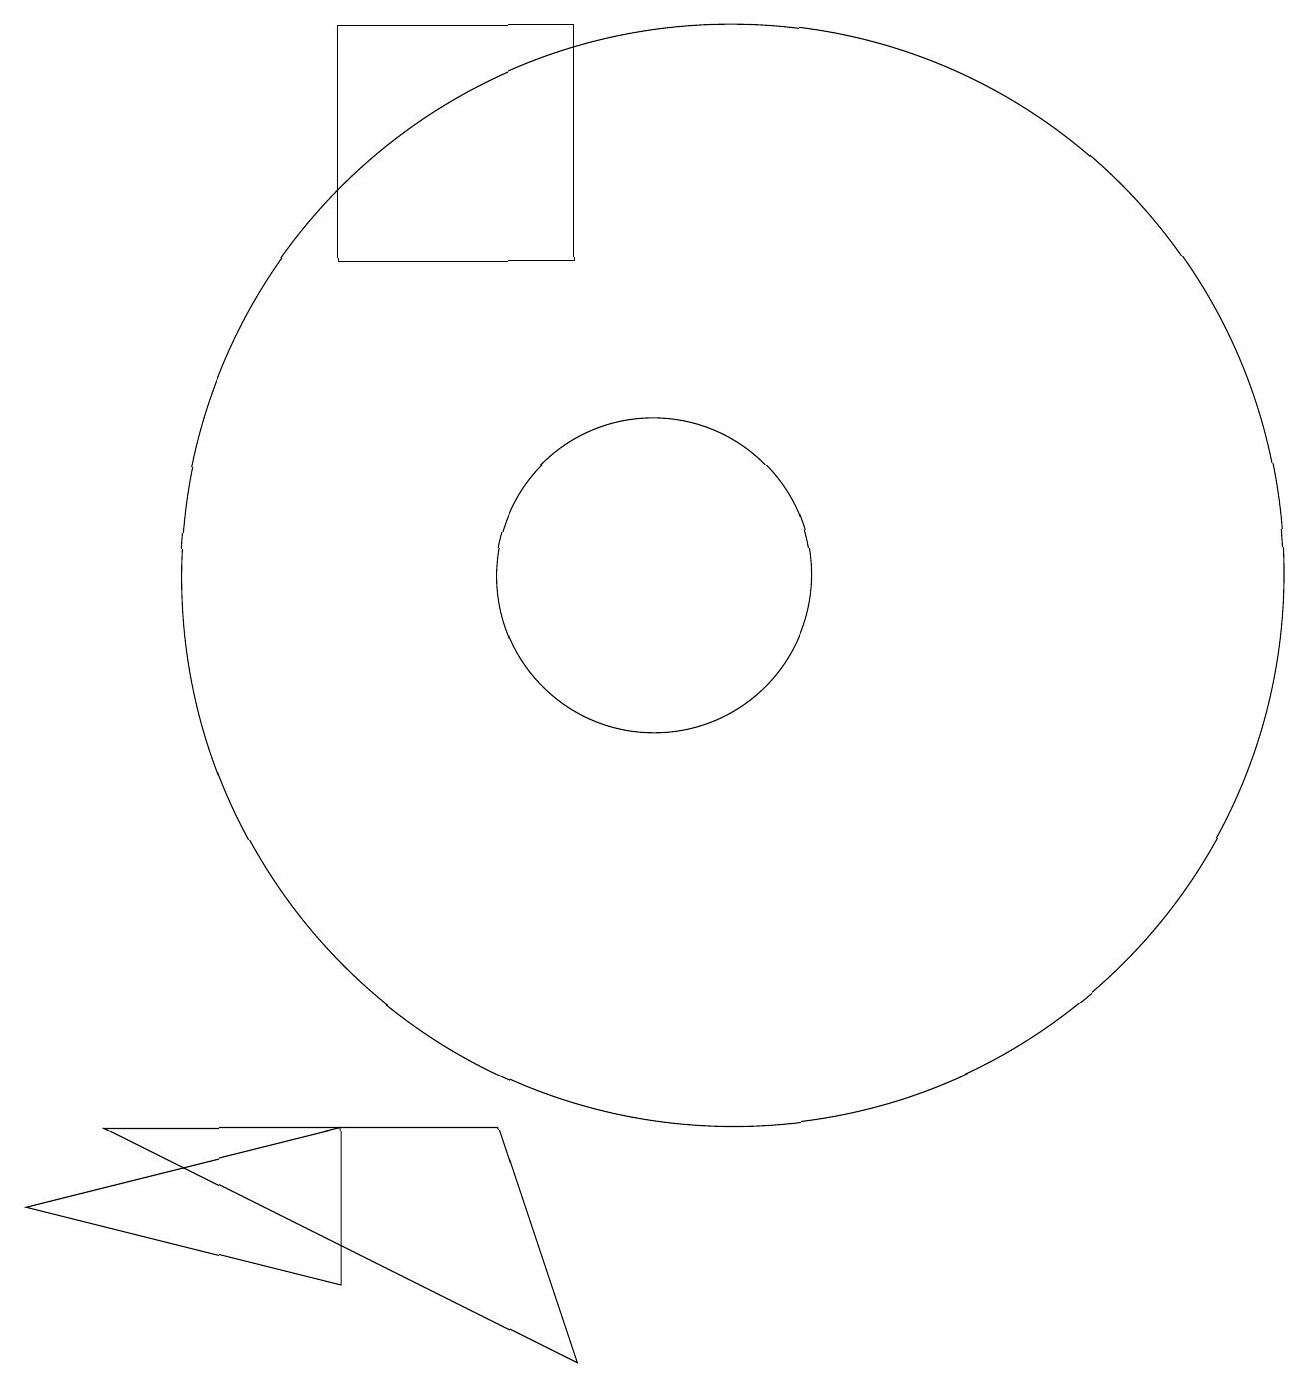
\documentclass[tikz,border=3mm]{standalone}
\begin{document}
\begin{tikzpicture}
\draw (6,3) -- (6,1) -- (2,2) -- cycle;
\draw (11,10) circle (7);
\draw (8,3) -- (3,3) -- (9,0) -- cycle;
\draw (9,14) rectangle (6,17);
\draw (10,10) circle (2);
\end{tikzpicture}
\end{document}